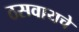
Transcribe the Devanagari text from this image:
ठसवायचे